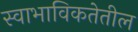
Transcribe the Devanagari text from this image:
स्वाभाविकतेतील